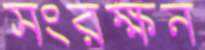
সংরক্ষন